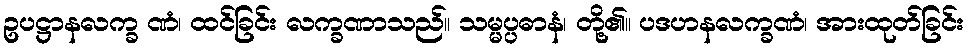
ဥပဋ္ဌာနလက္ခ ဏံ၊ ထင်ခြင်း လက္ခဏာသည်။ သမ္မပ္ပဓာနံ၊ တို့၏။ ပဒဟနလက္ခဏံ၊ အားထုတ်ခြင်း